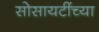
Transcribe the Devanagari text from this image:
सोसायटींच्या